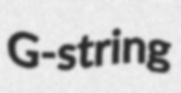
G-string